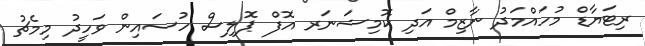
ރިޓަޔާޑް މުހައްމަދު ނާޒިމް އަދި ކޮމިޝަނަރ އޮފް ޕޮލިސް ހުސައިން ވަހީދު މިމެޗު